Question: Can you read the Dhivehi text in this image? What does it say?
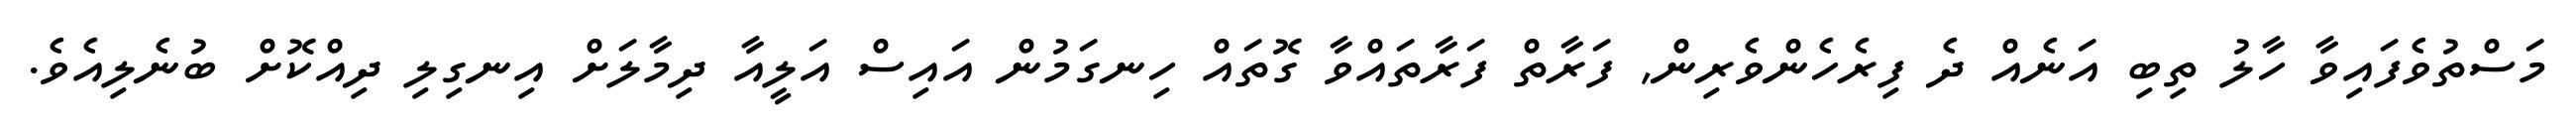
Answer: މަސްތުވެފައިވާ ހާލު ތިބި އަނެއް ދެ ފިރެހެންވެރިން, ފަރާތް ފަރާތައްވާ ގޮތައް ހިނގަމުން އައިސް އަލީއާ ދިމާލަށް އިނގިލި ދިއްކޮށް ބުނެލިއެވެ.